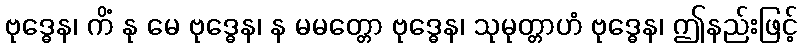
ဗုဒ္ဓေန၊ ကိံ နု မေ ဗုဒ္ဓေန၊ န မမတ္တော ဗုဒ္ဓေန၊ သုမုတ္တာဟံ ဗုဒ္ဓေန၊ ဤနည်းဖြင့်